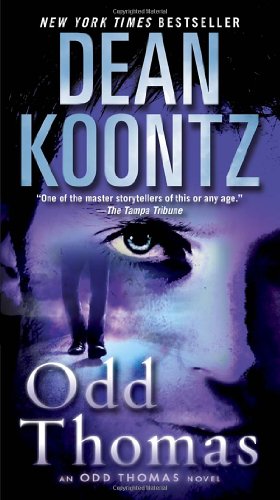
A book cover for Odd Thomas: An Odd Thomas Novel; Dean Koontz; Mystery, Thriller & Suspense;